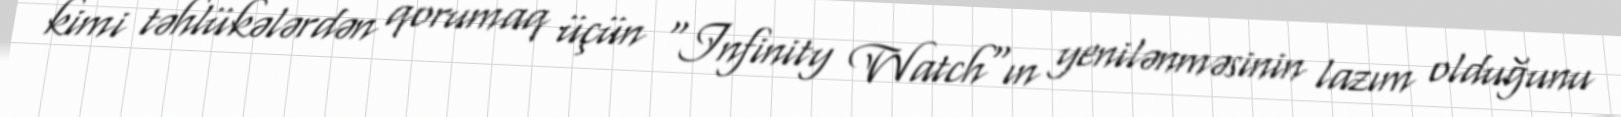
kimi təhlükələrdən qorumaq üçün "Infinity Watch"ın yenilənməsinin lazım olduğunu